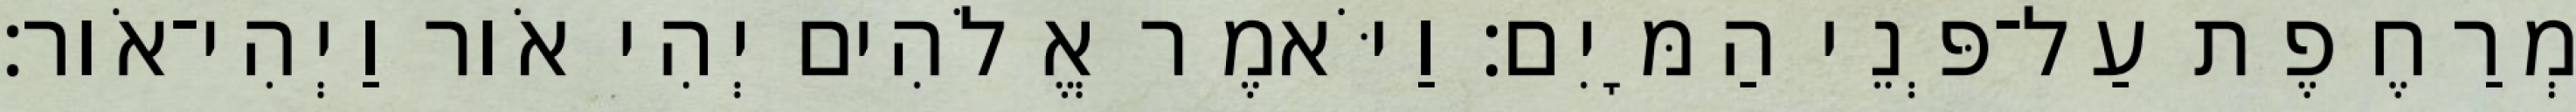
מְרַחֶפֶת עַל־פְּנֵי הַמָּיִם׃ וַיֹּאמֶר אֱלֹהִים יְהִי אֹור וַיְהִי־אֹור׃